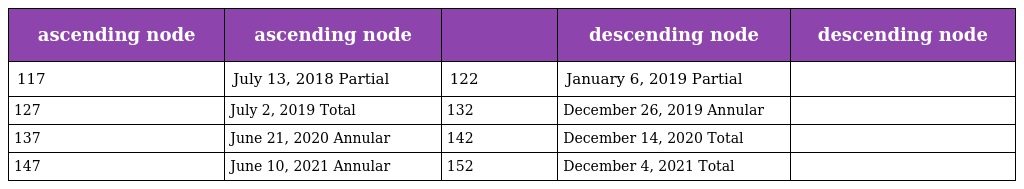
| ascending node | ascending node |  | descending node | descending node |
 | --- | --- | --- | --- | --- |
 | 117 | July 13, 2018 Partial | 122 | January 6, 2019 Partial |  |
 | 127 | July 2, 2019 Total | 132 | December 26, 2019 Annular |  |
 | 137 | June 21, 2020 Annular | 142 | December 14, 2020 Total |  |
 | 147 | June 10, 2021 Annular | 152 | December 4, 2021 Total |  |